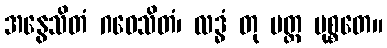
အနွေသိတံ ဂဝေသိတံ၊ လဒ္ဓံ တု ပတ္တ မုစ္စတေ။